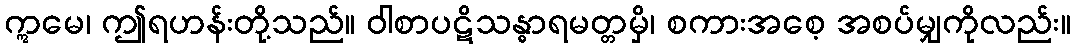
ဣမေ၊ ဤရဟန်းတို့သည်။ ဝါစာပဋိသန္ဓာရမတ္တမှိ၊ စကားအစေ့ အစပ်မျှကိုလည်း။